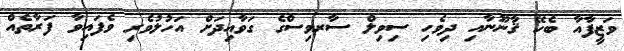
ވަޒީފާއާ ބެހޭ ޤާނޫނާއި ދިވެހި ސިވިލް ސާރވިސްގެ ގަވާއިދަށް އަހުލުވެރި ވެފައިވާ ފަރާތެއް